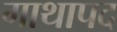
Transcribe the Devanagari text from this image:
गाथापद